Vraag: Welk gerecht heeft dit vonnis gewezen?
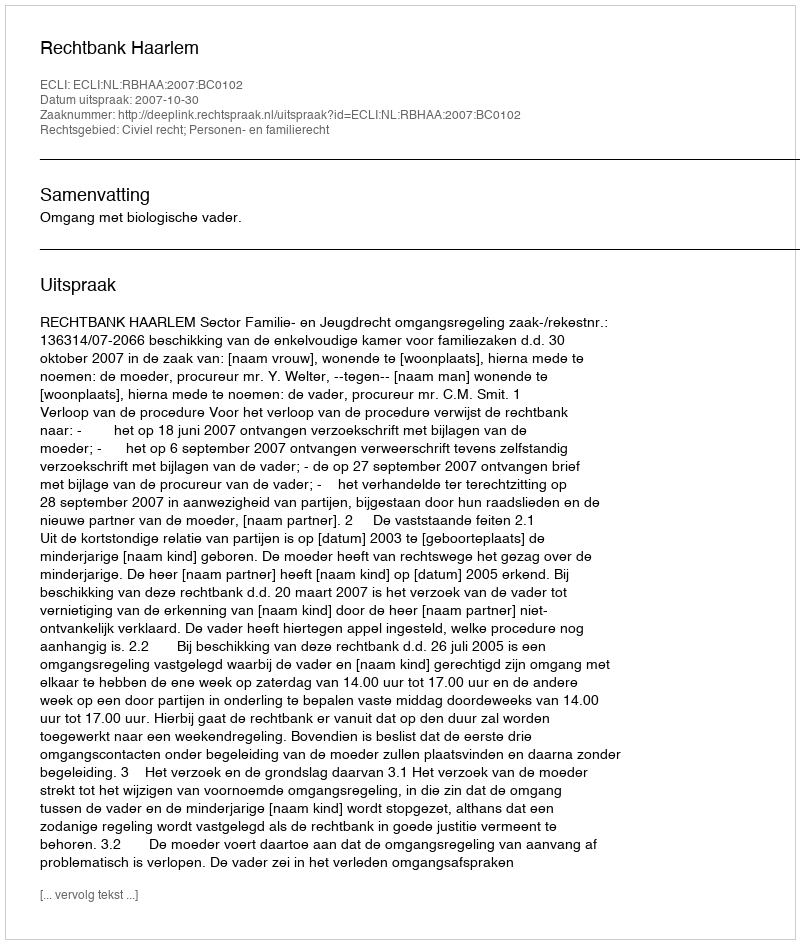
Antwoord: Rechtbank Haarlem